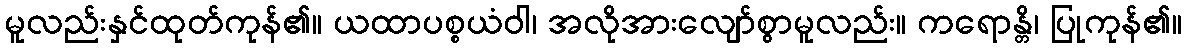
မူလည်းနှင်ထုတ်ကုန်၏။ ယထာပစ္စယံဝါ၊ အလိုအားလျော်စွာမူလည်း။ ကရောန္တိ၊ ပြုကုန်၏။